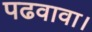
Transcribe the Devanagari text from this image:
पढवावा।